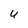
Character: U